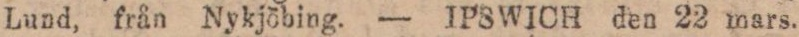
Lund, från Nykjöbing. — IPSWICH den 22 mars.